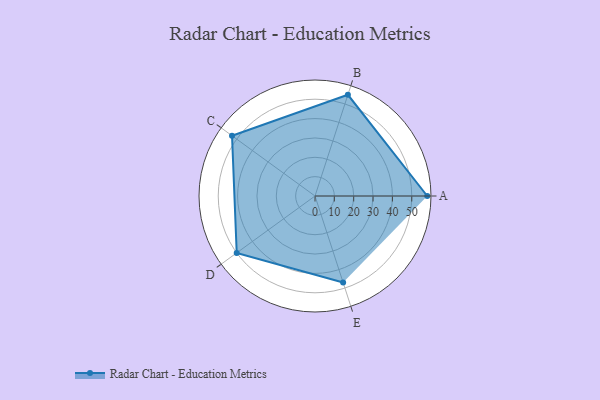
{"axis": {"x": "Skill", "y": "Score"}, "legend": ["Profile"], "data": [{"x": "A", "y": 58.0, "type": "Profile"}, {"x": "B", "y": 55.0, "type": "Profile"}, {"x": "C", "y": 53.0, "type": "Profile"}, {"x": "D", "y": 50.0, "type": "Profile"}, {"x": "E", "y": 47.0, "type": "Profile"}]}